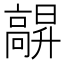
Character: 髜